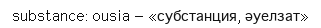
substance: ousia — «субстанция, әуелзат»